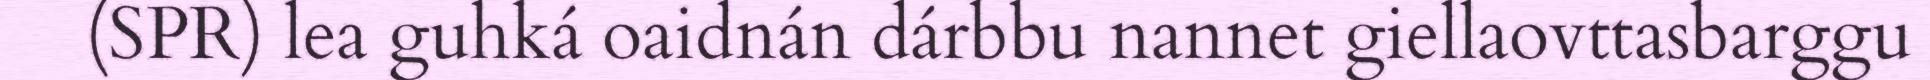
(SPR) lea guhká oaidnán dárbbu nannet giellaovttasbarggu